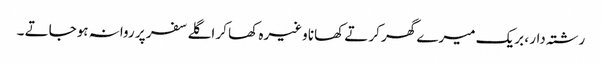
رشتہ دار ، بریک میرے گھر کرتے کھانا وغیرہ کھا کر اگلے سفر پر روانہ ہوجاتے ۔